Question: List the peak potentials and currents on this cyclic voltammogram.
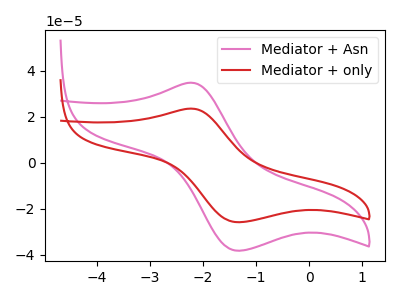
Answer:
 <answer>The pink curve "Mediator + Asn" has an anodic peak at (-2.20V, 34.75uA) and a cathodic peak at (-1.30V, -38.30uA). The red curve "Mediator + only" has an anodic peak at (-2.20V, 23.50uA) and a cathodic peak at (-1.30V, -25.90uA).</answer>
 <eval></eval>